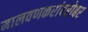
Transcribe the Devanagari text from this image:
मालवणकरांबरोबर